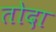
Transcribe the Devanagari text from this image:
तोदा